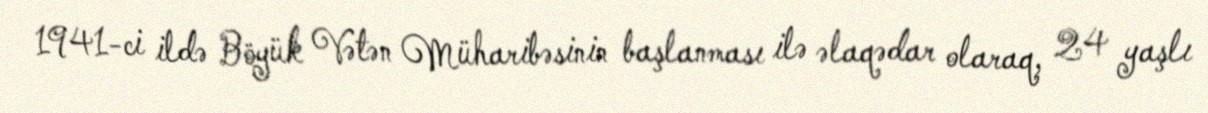
1941-ci ildə Böyük Vətən Müharibəsinin başlanması ilə əlaqədar olaraq, 24 yaşlı